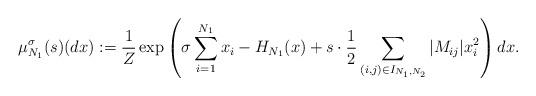
LaTeX: \begin{align*}\mu_{N_1} ^{\sigma} (s) (dx) := \frac{1}{Z} \exp \left( \sigma \sum_{i=1}^{N_1} x_i -H_{N_1}(x) + s \cdot \frac{1}{2} \sum_{(i, j) \in I_{N_1,N_2}} |M_{ij}| x_i^2 \right) dx. \end{align*}